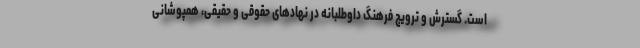
است. گسترش و ترویج فرهنگ داوطلبانه در نهادهای حقوقی و حقیقی، همپوشانی